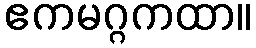
ဧကမဂ္ဂကထာ။